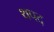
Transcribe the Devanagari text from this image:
थपद